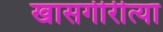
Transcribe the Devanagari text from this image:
खासगीरीत्या